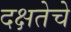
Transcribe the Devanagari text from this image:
दक्षतेचे